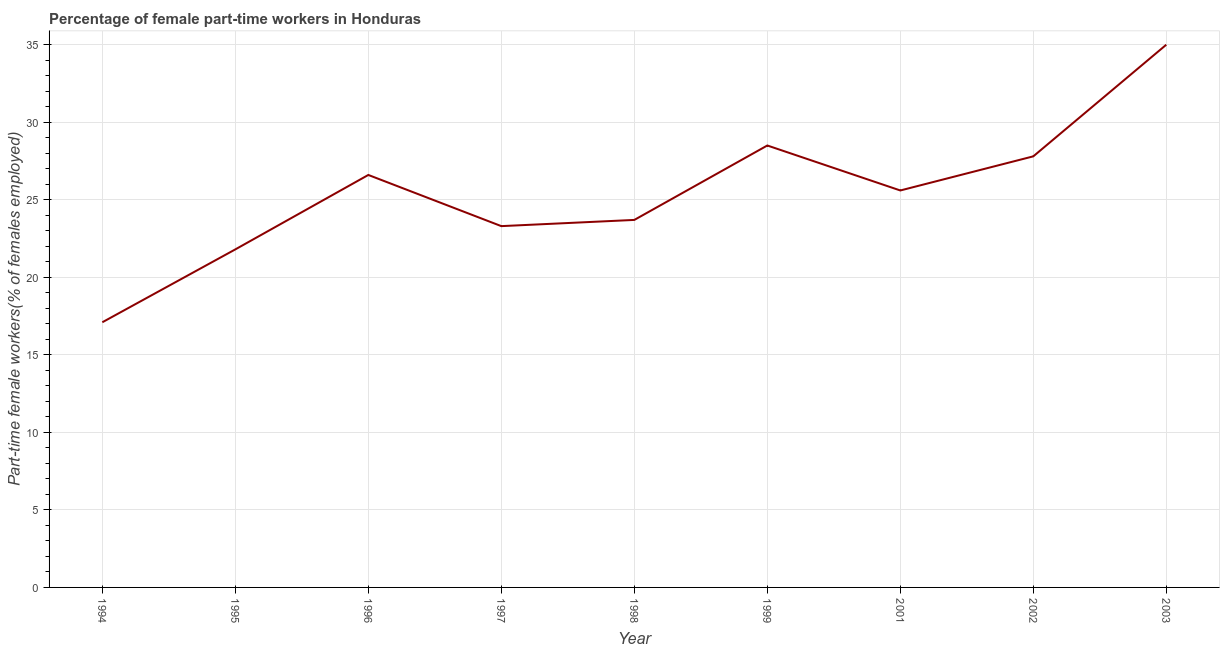
| Year | Part time employment |
 | --- | --- |
 | 1994 | 17.1 |
 | 1995 | 21.8 |
 | 1996 | 26.6 |
 | 1997 | 23.3 |
 | 1998 | 23.7 |
 | 1999 | 28.5 |
 | 2001 | 25.6 |
 | 2002 | 27.8 |
 | 2003 | 35 |